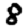
Digit: 8